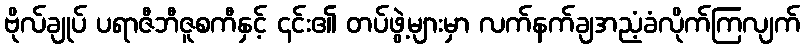
ဗိုလ်ချုပ် ပရာဇီဘီဇူစကီနှင့် ၎င်း၏ တပ်ဖွဲ့များမှာ လက်နက်ချအညံ့ခံလိုက်ကြလျက်